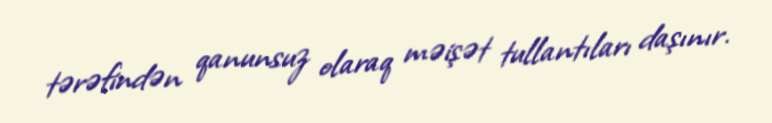
tərəfindən qanunsuz olaraq məişət tullantıları daşınır.